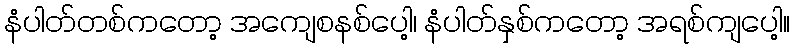
နံပါတ်တစ်ကတော့ အကျေစနစ်ပေါ့၊ နံပါတ်နှစ်ကတော့ အရစ်ကျပေါ့။